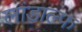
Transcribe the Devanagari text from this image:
लांडाल्फ